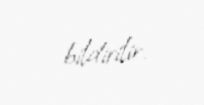
bildirilir.